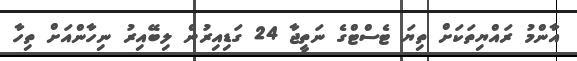
އާންމު ރައްޔިތަކަށް ތިޔަ ޓެސްޓްގެ ނަތީޖާ 24 ގަޑިއިރުން ލިބޭއިރު ނިހާންއަށް ތިހާ